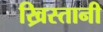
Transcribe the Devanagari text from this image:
ख्रिस्तानी